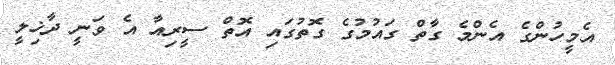
އެމީހުންގެ އެންމެ ގާތް ގައުމުގެ ގޮތުގައި އޮތް ސީރިއާ އެ ވަނީ ދާޚިލީ